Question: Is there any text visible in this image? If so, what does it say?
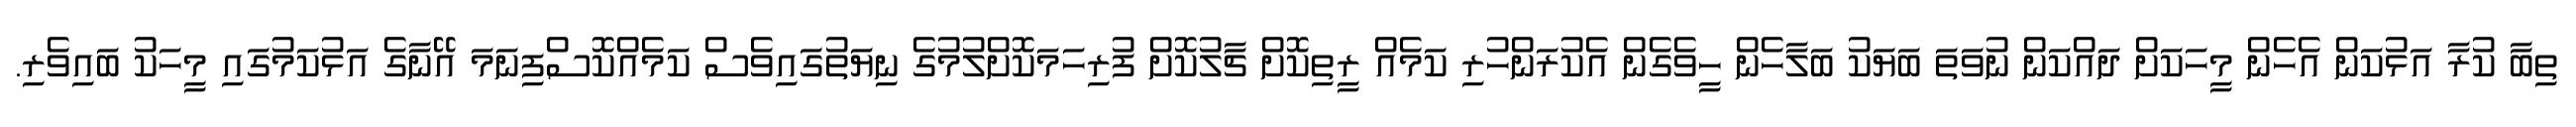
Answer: ތިބާ ކުރާ އަޅުކަން އެހެން މީހަކަށް ދައްކަން ނުވަތަ ބަޔަކު ބަލާހެން ހީވެގެން އެކުރަންހުރި ކަމެއް ރީތިކޮށް ޗާލުކޮށް ފުރިހަމަކޮށްލުމުގެ ނިޔަތުގައިވެސް ކަމެއްކޮސްފިނަމަ އޭނާގެ އަޅުކަމުގައި މީހަކު ބައިވެރި.